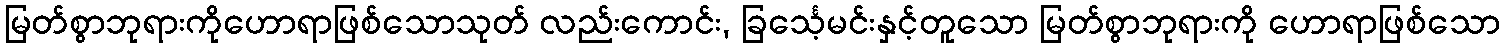
မြတ်စွာဘုရားကိုဟောရာဖြစ်သောသုတ် လည်းကောင်း, ခြင်္သေ့မင်းနှင့်တူသော မြတ်စွာဘုရားကို ဟောရာဖြစ်သော